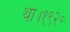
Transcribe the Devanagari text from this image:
था।१९२०